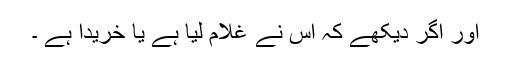
اور اگر دیکھے کہ اس نے غلام لیا ہے یا خریدا ہے ۔